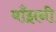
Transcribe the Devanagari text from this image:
बाँझनी